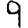
Digit: 9